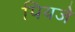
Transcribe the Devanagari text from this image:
पियजे